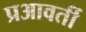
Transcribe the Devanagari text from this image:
प्रआवर्ती